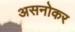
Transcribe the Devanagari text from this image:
असनोकर